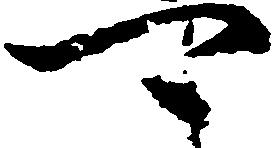
可